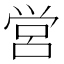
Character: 営